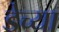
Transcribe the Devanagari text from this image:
डेच्या